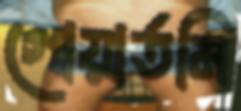
গোয়ার্তমি